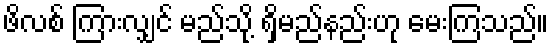
ဖိလစ် ကြားလျှင် မည်သို့ ရှိမည်နည်းဟု မေးကြသည်။